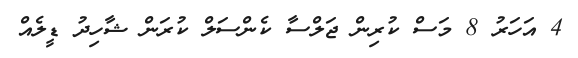
4 އަހަރު 8 މަސް ކުރިން ޖަލްސާ ކެންސަލް ކުރަން ޝާހިދު ޑީލެއް